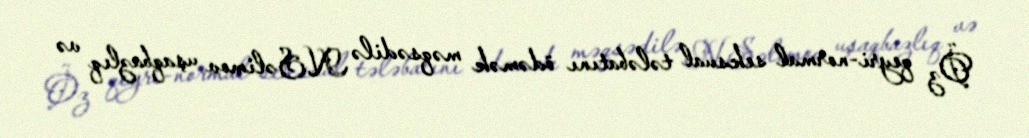
Öz qeyri-normal seksual tələbatını ödəmək məqsədilə N.Səlimov uşaqbazlıq və